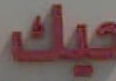
حيك